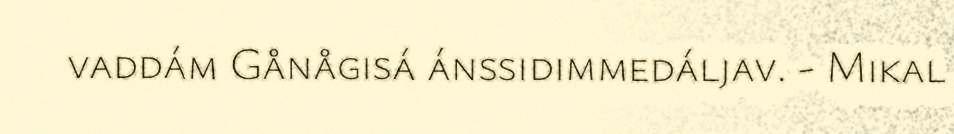
vaddám Gånågisá ánssidimmedáljav. - Mikal